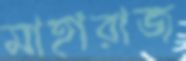
মাহারাজ